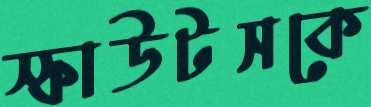
স্কাউটসকে